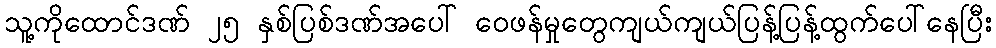
သူ့ကိုထောင်ဒဏ် ၂၅ နှစ်ပြစ်ဒဏ်အပေါ် ဝေဖန်မှုတွေကျယ်ကျယ်ပြန့်ပြန့်ထွက်ပေါ်နေပြီး